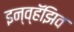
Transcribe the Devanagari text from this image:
इन्व्हॅझिव